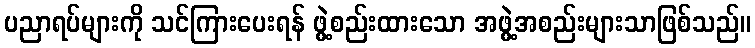
ပညာရပ်များကို သင်ကြားပေးရန် ဖွဲ့စည်းထားသော အဖွဲ့အစည်းများသာဖြစ်သည်။